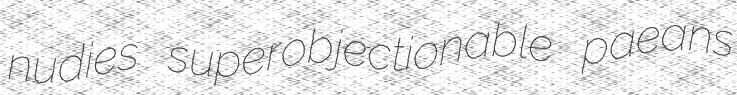
nudies superobjectionable paeans